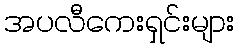
အပလီကေးရှင်းများ